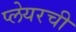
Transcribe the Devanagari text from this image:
प्लेयरची